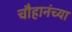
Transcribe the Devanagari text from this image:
चौहानंच्या